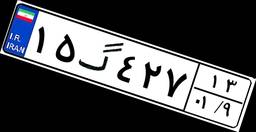
۱۵گ۴۲۷۱۳